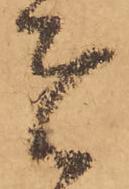
者